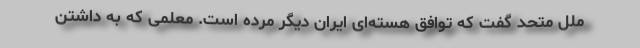
ملل متحد گفت که توافق هسته‌ای ایران دیگر مرده است. معلمی که به داشتن